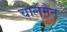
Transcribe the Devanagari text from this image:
चार्लेमैन